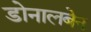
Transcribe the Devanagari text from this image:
डोनालबेन